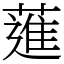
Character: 𦻗